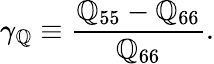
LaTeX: \gamma_{\mathbb{Q}}\equiv\frac{{\mathbb{Q}_{55}-\mathbb{Q}_{66}}}{{\mathbb{Q}_{66}}}.